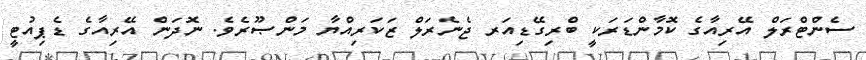
ސެންޓްރަލް އޭރިއާގެ ކޮމާންޑަރަކީ ބްރިގޭޑިއަރ ޖެނެރަލް ޒަކަރިއްޔާ މަންޞޫރެވެ. ނޮދަން އޭރިއާގެ ޑެޕިއުޓީ